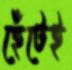
হেঁটেই